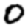
Digit: 0